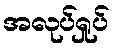
အလုပ်ရှုပ်